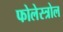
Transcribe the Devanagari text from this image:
फोलेस्त्रोल